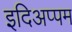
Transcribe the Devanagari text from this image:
इदिअप्पम